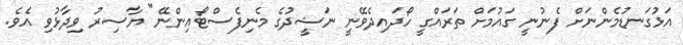
އަޅުގަނޑުމެންނަށް ފެނުނީ ގައުމަށް ތަރައްގީ ހޯދައިދެވޭނީ ނަޝީދުގެ މެނިފެސްޓޯއިންނޭ" ޔާސިރު ވިދާޅުވި އެވެ.